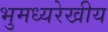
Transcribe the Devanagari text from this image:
भुमध्यरेखीय